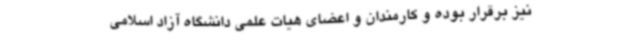
نیز برقرار بوده و کارمندان و اعضای هیات علمی دانشگاه آزاد اسلامی